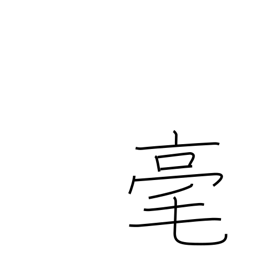
Meaning: not at all